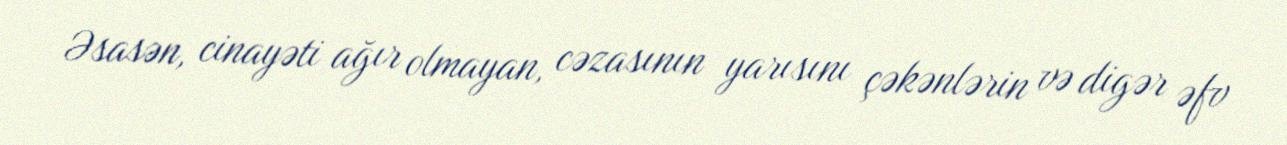
Əsasən, cinayəti ağır olmayan, cəzasının yarısını çəkənlərin və digər əfv